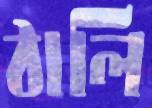
ঠালি